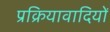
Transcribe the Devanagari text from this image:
प्रक्रियावादियों